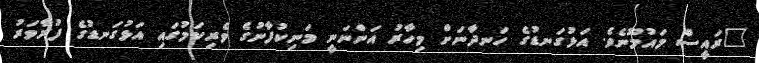
"ރައީސް މައުމޫނެވެ. އަޅުގަނޑުގެ ހަނދާނަށް މިހާރު އަންނަނީ މަނިކުފާނުގެ ވެރިކަމުގައި އަޅުގަނޑުގެ ފުރާވަރު